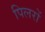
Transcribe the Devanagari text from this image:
पिलरों